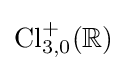
\operatorname {Cl} _{3,0}^{+}(\mathbb {R} )